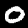
Label: 0